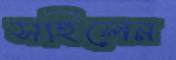
সহিলেন